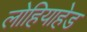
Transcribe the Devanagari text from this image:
लोहियाहेड